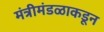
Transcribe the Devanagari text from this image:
मंत्रीमंडळाकडून